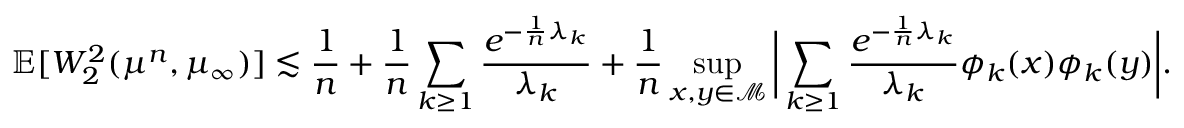
\mathbb { E } [ W _ { 2 } ^ { 2 } ( \mu ^ { n } , \mu _ { \infty } ) ] \lesssim \frac 1 n + \frac 1 n \sum _ { k \ge 1 } \frac { e ^ { - \frac 1 n \lambda _ { k } } } { \lambda _ { k } } + \frac 1 n \operatorname* { s u p } _ { x , y \in \mathcal { M } } \bigg \lvert \sum _ { k \ge 1 } \frac { e ^ { - \frac 1 n \lambda _ { k } } } { \lambda _ { k } } \phi _ { k } ( x ) \phi _ { k } ( y ) \bigg \rvert .